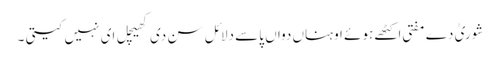
شوریٰ دے مفتی اکٹھے ہوئے اوہناں دواں پاسے دلائل سن دی کھیچل ای نہیں کیتی ۔